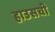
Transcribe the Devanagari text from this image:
हाउसची